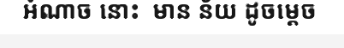
អំណាច នោះ  មាន ន័យ ដូចម្តេច